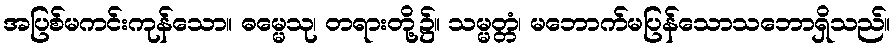
အပြစ်မကင်းကုန်သော။ ဓမ္မေသု၊ တရားတို့၌။ သမ္မတ္တံ၊ မဘောက်မပြန်သောသဘောရှိသည်။